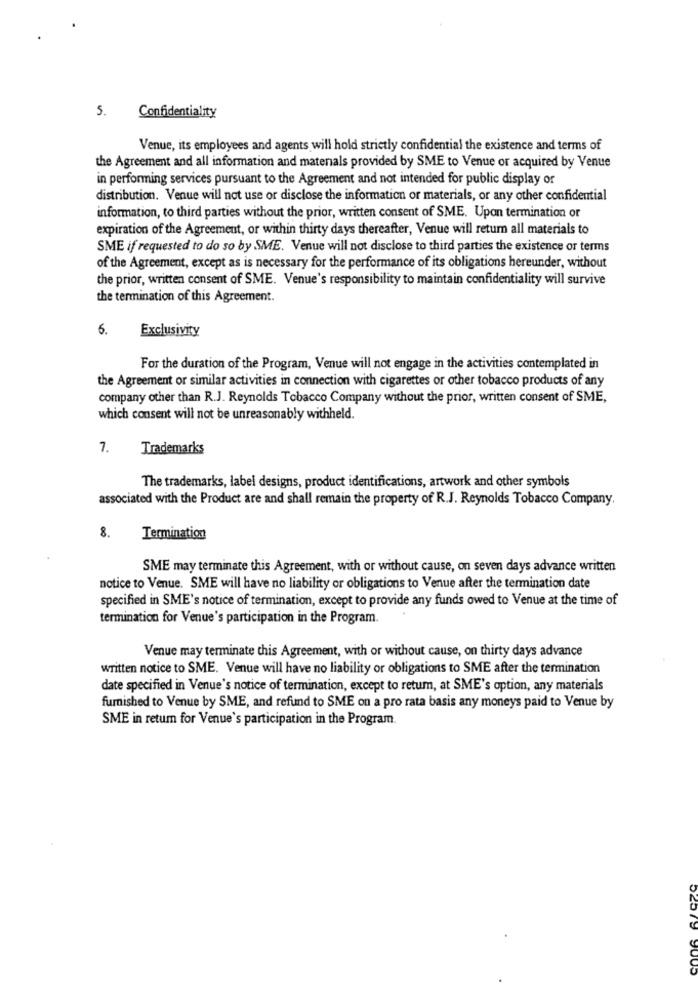
5.
Confidentiality
Venue, its employees and agents will hold strictly confidential the existence and terms of
the Agreement and all information and matenals provided by SME to Venue or acquired by Venue
in performing services pursuant to the Agreement and not intended for public display or
distribution. Venue will not use or disclose the information or materials, or any other confidential
information, to third parties without the prior, written consent of SME. Upon termination or
expiration of the Agreement, or within thirty days thereafter, Venue will return all materials to
SME if requested to do so by SME. Venue will not disclose to third parties the existence or terms
of the Agreement, except as is necessary for the performance of its obligations hereunder, without
the prior, written consent of SME. Venue's responsibility to maintain confidentiality will survive
the termination of this Agreement.
6.
Exclusivity
For the duration of the Program, Venue will not engage in the activities contemplated in
the Agreement or similar activities in connection with cigarettes or other tobacco products of any
company other than R.J. Reynolds Tobacco Company without the prior, written consent of SME,
which consent will not be unreasonably withheld.
7.
Trademarks
The trademarks, label designs, product identifications, artwork and other symbols
associated with the Product are and shall remain the property of R.J. Reynolds Tobacco Company.
8.
Termination
SME may terminate this Agreement, with or without cause, on seven days advance written
notice to Venue. SME will have no liability or obligations to Venue after the termination date
specified in SME's notice of termination, except to provide any funds owed to Venue at the time of
termination for Venue's participation in the Program.
Venue may terminate this Agreement, with or without cause, on thirty days advance
written notice to SME. Venue will have no liability or obligations to SME after the termination
date specified in Venue's notice of termination, except to retum, at SME's option, any materials
furnished to Venue by SME, and refund to SME on a pro rata basis any moneys paid to Venue by
SME in retum for Venue's participation in the Program.
52579 9005